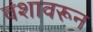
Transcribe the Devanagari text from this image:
वंशावरून